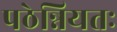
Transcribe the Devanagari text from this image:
पठेन्नियतः